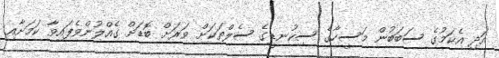
އަދި އެކަމުގެ ސަބަބުން މަސީހާގެ ސިކުނޑީގެ ސެލްތަކަށް ވަރަށް ބޮޑަށް ގެއްލުންވެފައިވާ ކަމަށާއި